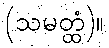
(သမတ္ထံ)။